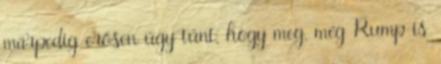
márpedig erősen úgy tűnt, hogy meg, még Rump is